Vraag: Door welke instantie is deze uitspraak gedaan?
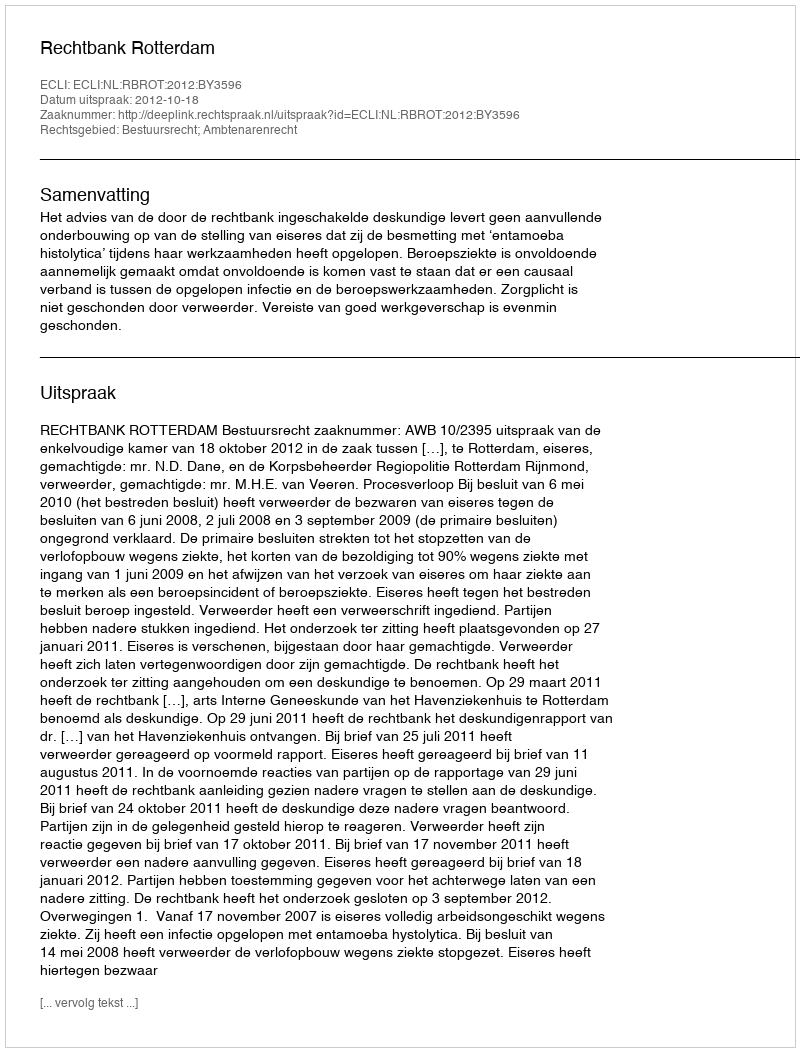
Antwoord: Rechtbank Rotterdam